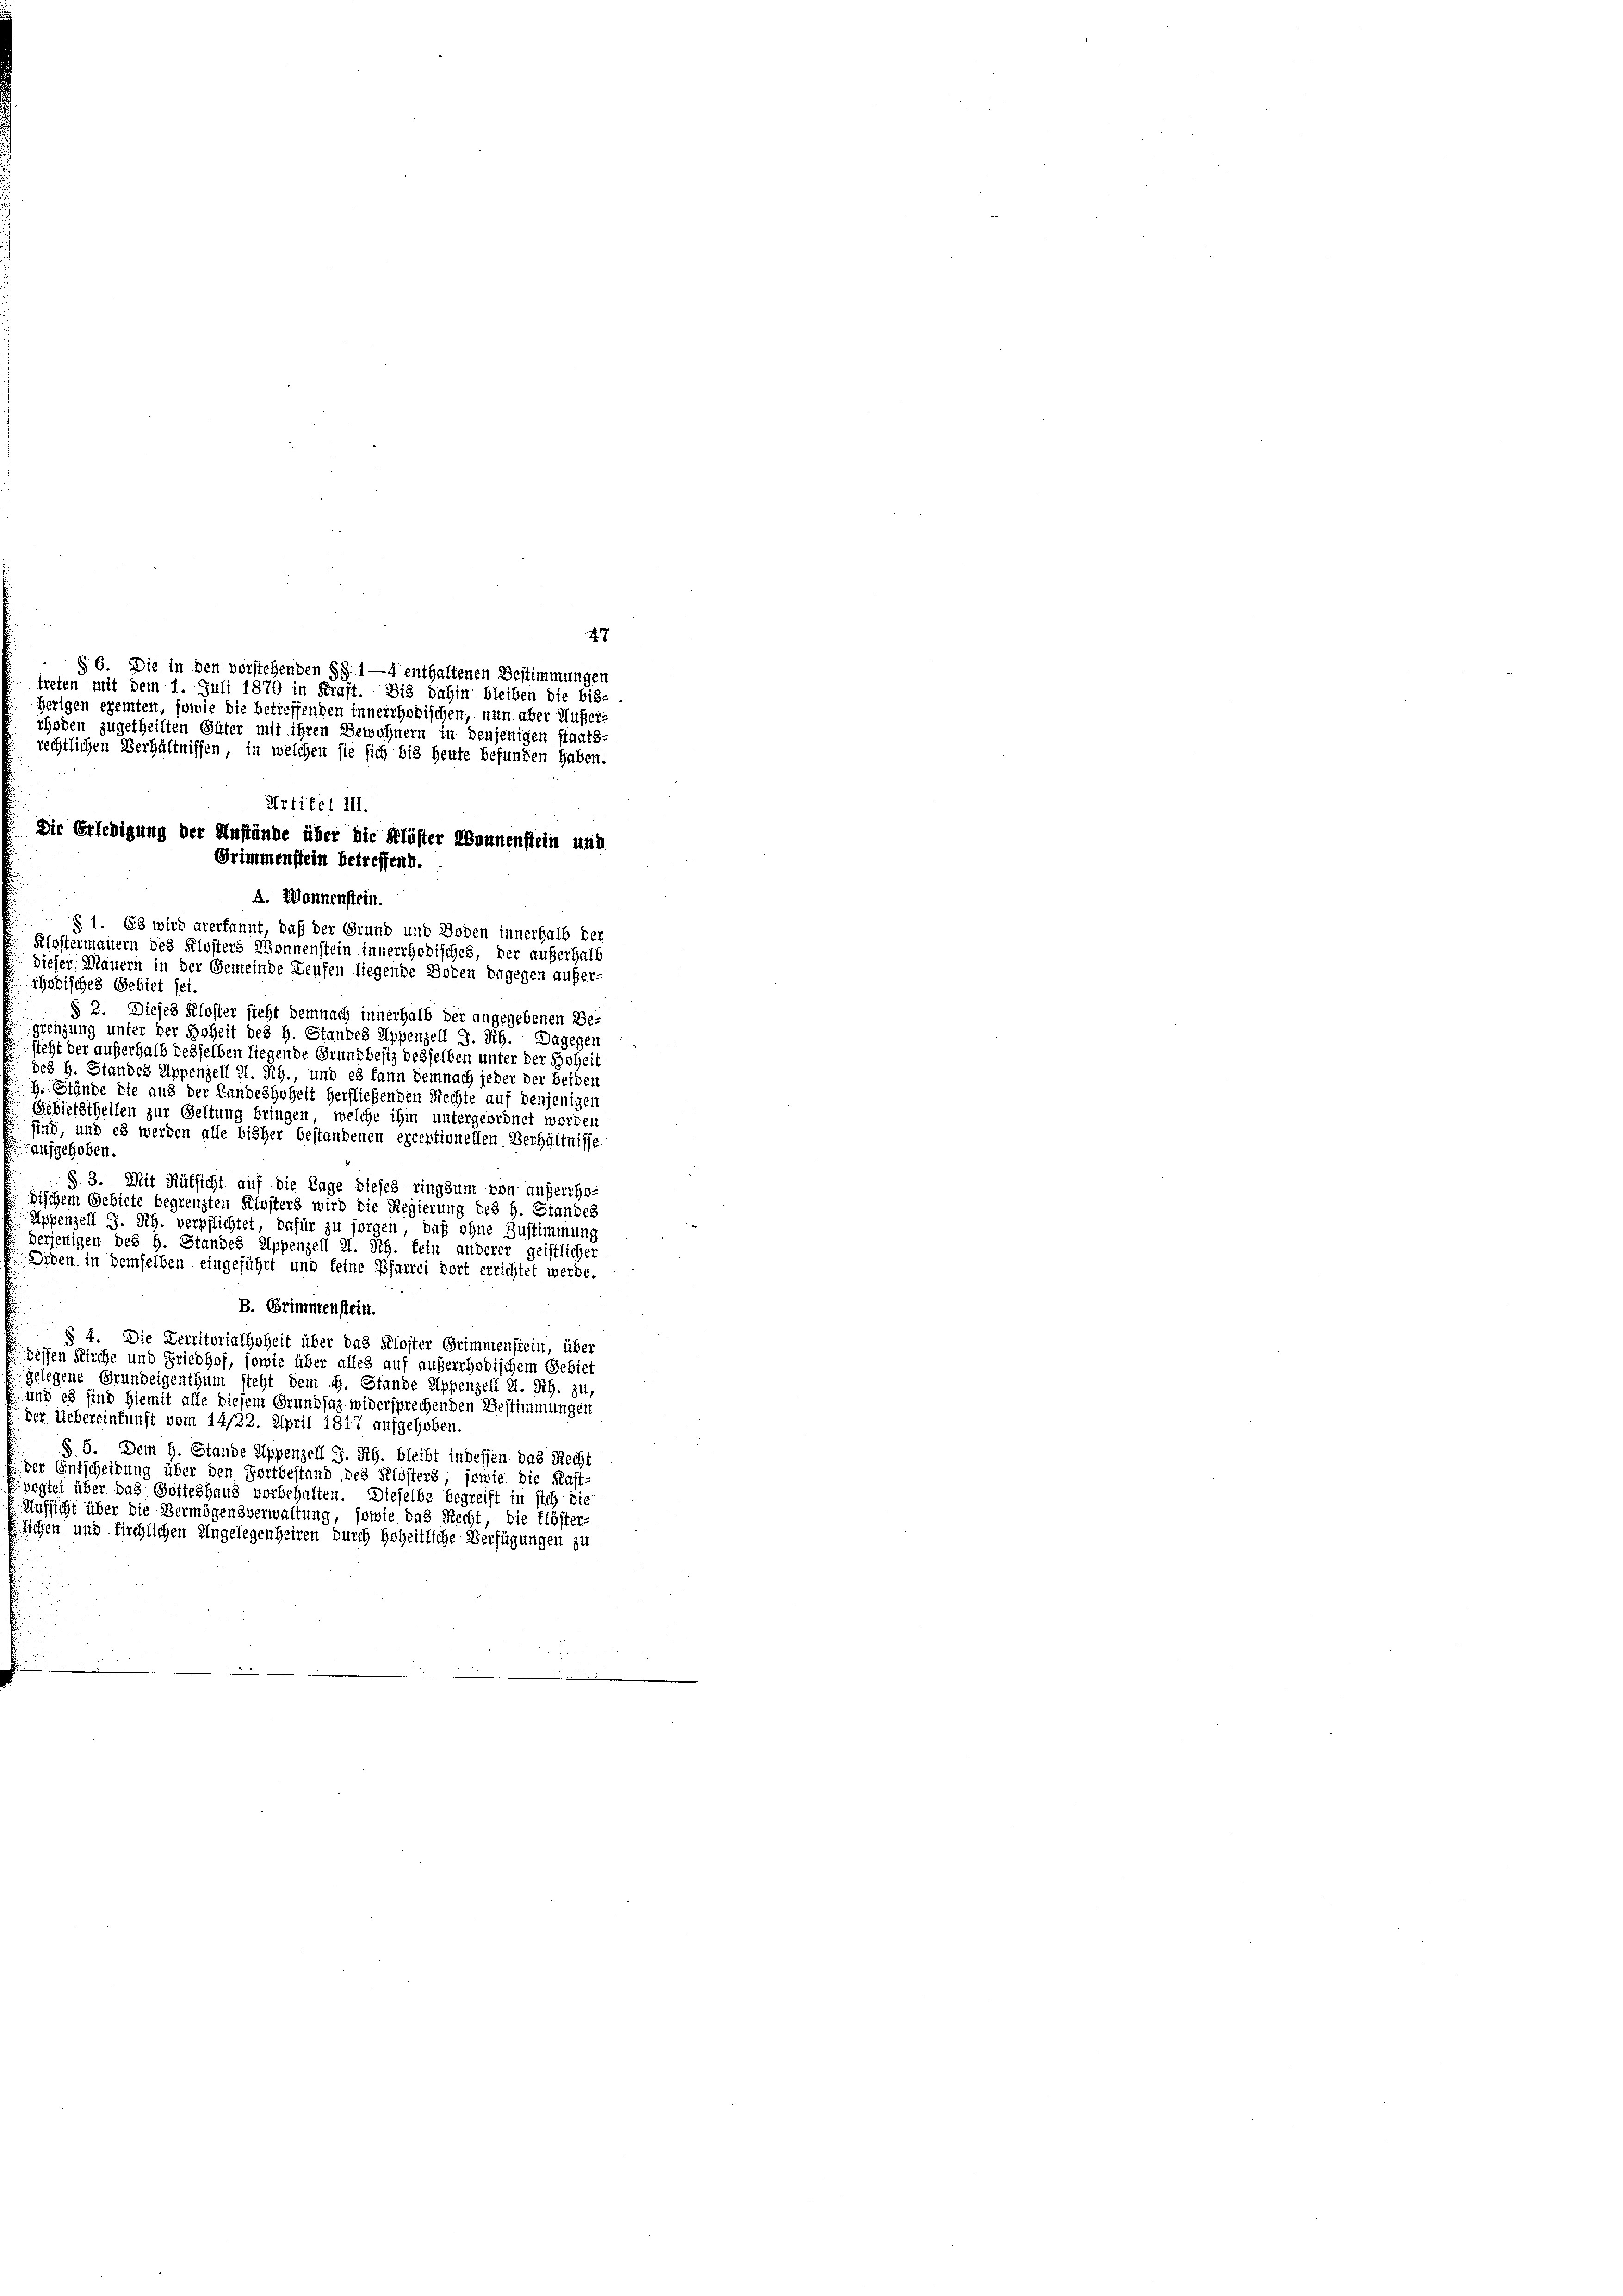
47
§ 6. Die in den vorstehenden §§ 1—4 enthaltenen Bestimmungen
treten mit dem 1. Juli 1870 in Kraft. Die dahin bleiben die bis-
herigen exemten, sowie die betreffenden innerchodischen, nun aber Hufer¬
§ 1. Es wird anerkannt, daß der Grund und Boden innerhalb der
Klostermauern des Klosters Wonnenstein innerrhodisches, der außerhalb
Dieser Mauern in der Gemeinde Leufen liegende Boden dagegen aufer-
rhodisches Gebiet sei.
§ 3. Dieses Kloster steht demnach innerhalb der angegebenen Be-
grenzung unter der Hoheit des H. Standes Appenzell J. Sch. Dagegen
steht der außerhalb desselben liegende Grundbesiz desselben unter der Hoheit
des H. Standes Appenzell A. Rh., und es kann Demnach jeder der beiden
H. Stände die aus der Landeshoheit herfließenden Rechte auf denjenigen
Gebietstheilen zur Geltung bringen, welche ihm untergeordnet worden
ind, und es werden alle bisher bestandenen exceptionellen Verhältnisse.
aufgehoben.
§ 3. Mit Rüksicht auf die Tage dieses ringsum von auferrho-
dischem Gebiete begrenzten Klosters wird die Regierung des H. Standes
Appenzell J. Rh. verpflichtet, dafür zu sorgen, daß ohne Zustimmung
derjenigen des H. Standes Appenzell I. Rh. fein anderer geistlicher
Orden in demselben eingeführt und feine Pfarrei dort errichtet werde.
B. Grimmenstein.
§ 4. Die Verritorialhoheit über das Kloster Grimmenstein, über
dessen Kirche und Friedhof, sowie über alles auf auferrhodischem Gebiet
gelegene Grundeigenthum steht dem H. Stande Appenzell I. Rh. zu,
und es sind hiemit alle diesem Grundsaz widersprechenden Bestimmungen
der Uebereinkunft vom 14/22. April 1817 aufgehoben.
§. 5. Dem H. Stande Appenzell I. Seh. bleibt indessen das Recht
Der Entscheidung über den Fortbestand des Klösters, sowie die Kast-
vogtei über das Gotteshaus vorbehalten. Dieselbe begreift in sich die
Aufsicht über die Vermögensverwaltung, sowie das Recht, die Klöster-
Sichen und firchlichen Angelegenheiren durch Hoheitliche Verfügungen zu

rhoden zugetheilten Güter mit ihren Bewohnern in denjenigen staats-
rechtlichen Verhältnissen, in welchen sie sich bis heute befunden haben:
Artikel III.
Die Erledigung der Anstände über die Klöster Wonnenstein und
Grimmenstein betreffend.
A. Wonnenstein.